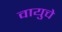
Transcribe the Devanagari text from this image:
वायुचे